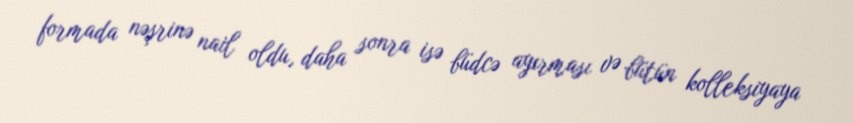
formada nəşrinə nail oldu, daha sonra isə büdcə ayırması və bütün kolleksiyaya